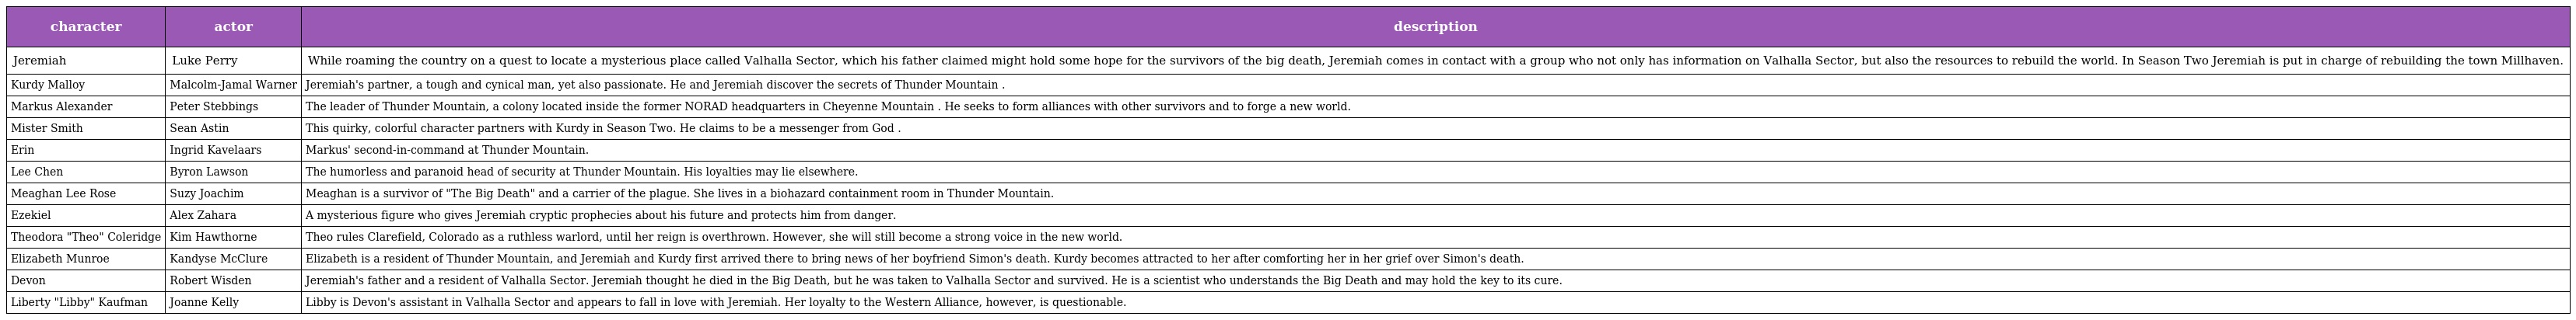
| character | actor | description |
 | --- | --- | --- |
 | Jeremiah | Luke Perry | While roaming the country on a quest to locate a mysterious place called Valhalla Sector, which his father claimed might hold some hope for the survivors of the big death, Jeremiah comes in contact with a group who not only has information on Valhalla Sector, but also the resources to rebuild the world. In Season Two Jeremiah is put in charge of rebuilding the town Millhaven. |
 | Kurdy Malloy | Malcolm-Jamal Warner | Jeremiah's partner, a tough and cynical man, yet also passionate. He and Jeremiah discover the secrets of Thunder Mountain . |
 | Markus Alexander | Peter Stebbings | The leader of Thunder Mountain, a colony located inside the former NORAD headquarters in Cheyenne Mountain . He seeks to form alliances with other survivors and to forge a new world. |
 | Mister Smith | Sean Astin | This quirky, colorful character partners with Kurdy in Season Two. He claims to be a messenger from God . |
 | Erin | Ingrid Kavelaars | Markus' second-in-command at Thunder Mountain. |
 | Lee Chen | Byron Lawson | The humorless and paranoid head of security at Thunder Mountain. His loyalties may lie elsewhere. |
 | Meaghan Lee Rose | Suzy Joachim | Meaghan is a survivor of "The Big Death" and a carrier of the plague. She lives in a biohazard containment room in Thunder Mountain. |
 | Ezekiel | Alex Zahara | A mysterious figure who gives Jeremiah cryptic prophecies about his future and protects him from danger. |
 | Theodora "Theo" Coleridge | Kim Hawthorne | Theo rules Clarefield, Colorado as a ruthless warlord, until her reign is overthrown. However, she will still become a strong voice in the new world. |
 | Elizabeth Munroe | Kandyse McClure | Elizabeth is a resident of Thunder Mountain, and Jeremiah and Kurdy first arrived there to bring news of her boyfriend Simon's death. Kurdy becomes attracted to her after comforting her in her grief over Simon's death. |
 | Devon | Robert Wisden | Jeremiah's father and a resident of Valhalla Sector. Jeremiah thought he died in the Big Death, but he was taken to Valhalla Sector and survived. He is a scientist who understands the Big Death and may hold the key to its cure. |
 | Liberty "Libby" Kaufman | Joanne Kelly | Libby is Devon's assistant in Valhalla Sector and appears to fall in love with Jeremiah. Her loyalty to the Western Alliance, however, is questionable. |